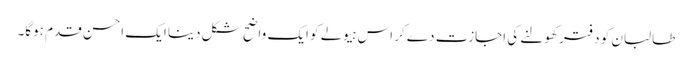
طالبان کو دفتر کھولنے کی اجازت دے کر اس ہیولے کو ایک واضح شکل دینا ایک احسن قدم ہوگا۔